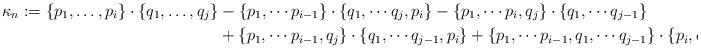
LaTeX: \begin{align*}\kappa_n := \{p_1,\dots, p_i\}\cdot \{q_1, \dots, q_j\} &- \{p_1, \cdots p_{i-1}\} \cdot \{q_1, \cdots q_{j}, p_{i}\} - \{p_1, \cdots p_{i}, q_j\} \cdot \{q_1, \cdots q_{j-1}\} \\&+ \{p_1, \cdots p_{i-1}, q_j\} \cdot \{q_1, \cdots q_{j-1}, p_{i}\} + \{p_1, \cdots p_{i-1}, q_1, \cdots q_{j-1}\} \cdot \{p_i, q_j\}\end{align*}